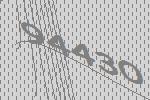
94430